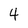
Character: 4